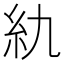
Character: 䊵